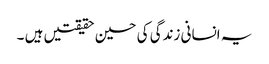
یہ انسانی زندگی کی حسین حقیقتیں ہیں ۔